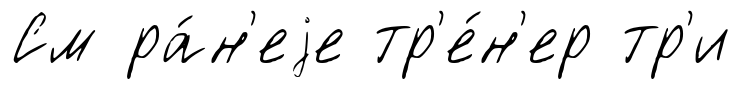
См ра́н'еjе тр'е́н'ер тр'и